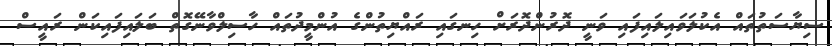
ސިޔާސަތުތައް އެކުލަވައިލައިފައި ވަނީ ދޮރުންދޮރަށް ހިނގައި ރައްޔިތުންގެ އުންމީދުތައް ހާސިލްވާނޭގޮތް ބަލައިފައިކަން ރައީސް